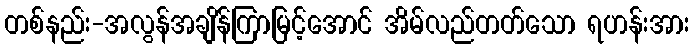
တစ်နည်း-အလွန်အချိန်ကြာမြင့်အောင် အိမ်လည်တတ်သော ရဟန်းအား